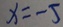
x = - 5